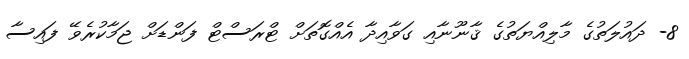
8- ދައުލަތުގެ މާލިއްޔަތުގެ ޤާނޫނާއި ގަވާއިދާ އެއްގޮތަށް ޓްރަސްޓް ފަންޑަށް ޖަމާކުރެވޭ ފައިސާ